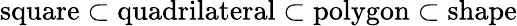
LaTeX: {\mathrm{square}}\subset{\mathrm{quadrilateral}}\subset{\mathrm{polygon}}\subset{\mathrm{shape}}